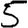
Digit: 5